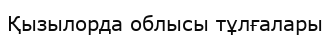
Қызылорда облысы тұлғалары